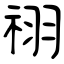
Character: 祤